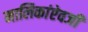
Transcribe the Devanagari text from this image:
मालिकांऐवजी